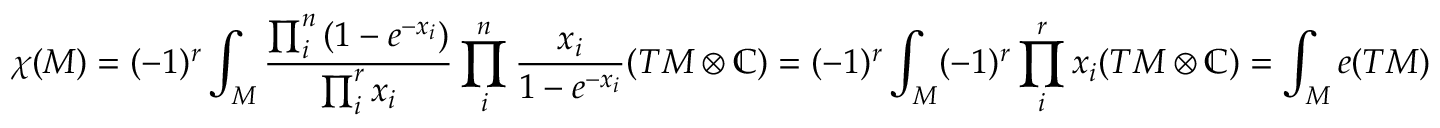
\chi ( M ) = ( - 1 ) ^ { r } \int _ { M } { \frac { \prod _ { i } ^ { n } \left( 1 - e ^ { - x _ { i } } \right) } { \prod _ { i } ^ { r } x _ { i } } } \prod _ { i } ^ { n } { \frac { x _ { i } } { 1 - e ^ { - x _ { i } } } } ( T M \otimes \mathbb { C } ) = ( - 1 ) ^ { r } \int _ { M } ( - 1 ) ^ { r } \prod _ { i } ^ { r } x _ { i } ( T M \otimes \mathbb { C } ) = \int _ { M } e ( T M )